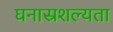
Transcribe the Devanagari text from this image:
घनास्रशल्यता